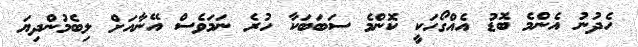
ހެދުނު އެންމެ ބޮޑު އެއްގޯހަކީ ކޮންމެ ސަބަބަކާ ހުރެ ނަމަވެސް އޭނާއަށް ލިބެމުންދިޔަ